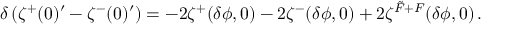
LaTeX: \delta \left( \zeta ^ { + } ( 0 ) ^ { \prime } - \zeta ^ { - } ( 0 ) ^ { \prime } \right) = - 2 \zeta ^ { + } ( \delta \phi , 0 ) - 2 \zeta ^ { - } ( \delta \phi , 0 ) + 2 \zeta ^ { \tilde { F } + F } ( \delta \phi , 0 ) \, .